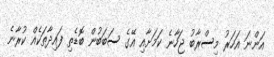
އަންނަ އަހަރު މިސްރާބު ޖަހާނެ ކަމަށާއި އޭގެ ސަބަބުން ބޮޑެތި ފައިދާތަކެއް ކުރާނެ